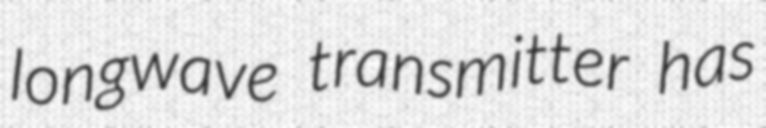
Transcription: longwave transmitter has